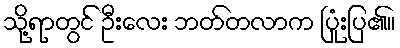
သို့ရာတွင် ဦးလေး ဘတ်တလာက ပြုံးပြ၏။